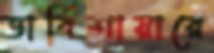
ডার্বিশায়ারে